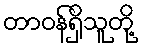
တာဝန်ရှိသူတို့